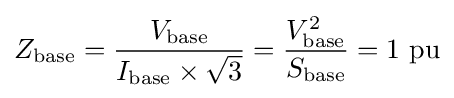
Z_{\text{base}}={\frac {V_{\text{base}}}{I_{\text{base}}\times {\sqrt {3}}}}={\frac {V_{\text{base}}^{2}}{S_{\text{base}}}}=1{\text{ pu}}